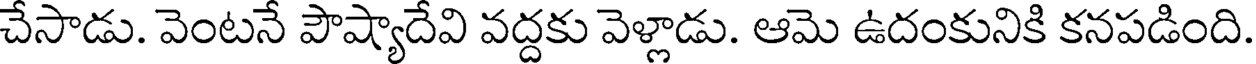
చేసాడు. వెంటనే పౌష్యాదేవి వద్దకు వెళ్లాడు. ఆమె ఉదంకునికి కనపడింది